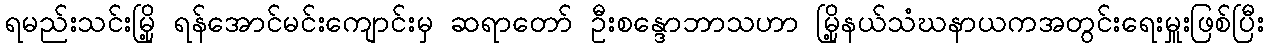
ရမည်းသင်းမြို့ ရန်အောင်မင်းကျောင်းမှ ဆရာတော် ဦးစန္ဒောဘာသဟာ မြို့နယ်သံဃနာယကအတွင်းရေးမှူးဖြစ်ပြီး